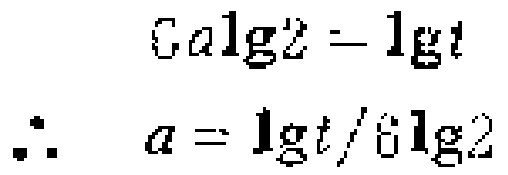
\[
\begin{align*}
6a\lg2&=\lg t\\
\therefore a&= \lg t/6\lg2
\end{align*}
\]